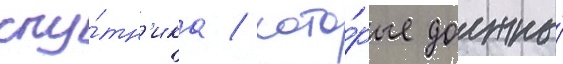
спу́тн'ика / кото́рые должны́